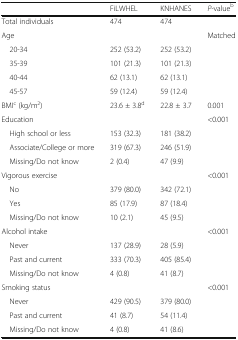
<table><thead><tr><td></td><td><b>FiLWHEL</b></td><td><b>KNHANES</b></td><td><b><i>P-</i>value<sup>b</sup></b></td></tr></thead><tbody><tr><td>Total individuals</td><td>474</td><td>474</td><td></td></tr><tr><td>Age</td><td></td><td></td><td>Matched</td></tr><tr><td> 20-34</td><td>252 (53.2)</td><td>252 (53.2)</td><td></td></tr><tr><td> 35-39</td><td>101 (21.3)</td><td>101 (21.3)</td><td></td></tr><tr><td> 40-44</td><td>62 (13.1)</td><td>62 (13.1)</td><td></td></tr><tr><td> 45-57</td><td>59 (12.4)</td><td>59 (12.4)</td><td></td></tr><tr><td>BMI<sup>c</sup> (kg/m<sup>2</sup>)</td><td>23.6 ± 3.8<sup>d</sup></td><td>22.8 ± 3.7</td><td>0.001</td></tr><tr><td>Education</td><td></td><td></td><td>&lt;0.001</td></tr><tr><td> High school or less</td><td>153 (32.3)</td><td>181 (38.2)</td><td></td></tr><tr><td> Associate/College or more</td><td>319 (67.3)</td><td>246 (51.9)</td><td></td></tr><tr><td> Missing/Do not know</td><td>2 (0.4)</td><td>47 (9.9)</td><td></td></tr><tr><td>Vigorous exercise</td><td></td><td></td><td>&lt;0.001</td></tr><tr><td> No</td><td>379 (80.0)</td><td>342 (72.1)</td><td></td></tr><tr><td> Yes</td><td>85 (17.9)</td><td>87 (18.4)</td><td></td></tr><tr><td> Missing/Do not know</td><td>10 (2.1)</td><td>45 (9.5)</td><td></td></tr><tr><td>Alcohol intake</td><td></td><td></td><td>&lt;0.001</td></tr><tr><td> Never</td><td>137 (28.9)</td><td>28 (5.9)</td><td></td></tr><tr><td> Past and current</td><td>333 (70.3)</td><td>405 (85.4)</td><td></td></tr><tr><td> Missing/Do not know</td><td>4 (0.8)</td><td>41 (8.7)</td><td></td></tr><tr><td>Smoking status</td><td></td><td></td><td>&lt;0.001</td></tr><tr><td> Never</td><td>429 (90.5)</td><td>379 (80.0)</td><td></td></tr><tr><td> Past and current</td><td>41 (8.7)</td><td>54 (11.4)</td><td></td></tr><tr><td> Missing/Do not know</td><td>4 (0.8)</td><td>41 (8.6)</td><td></td></tr></tbody></table>